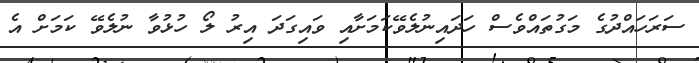
ސަރަހައްދުގެ މަގުތައްވެސް ހަދައިނުލެވޭކަމަށާއި ވައިގަދަ އިރު ލޯ ހުޅުވާ ނުލެވޭ ކަމަށް އެ